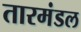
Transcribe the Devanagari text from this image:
तारमंडल